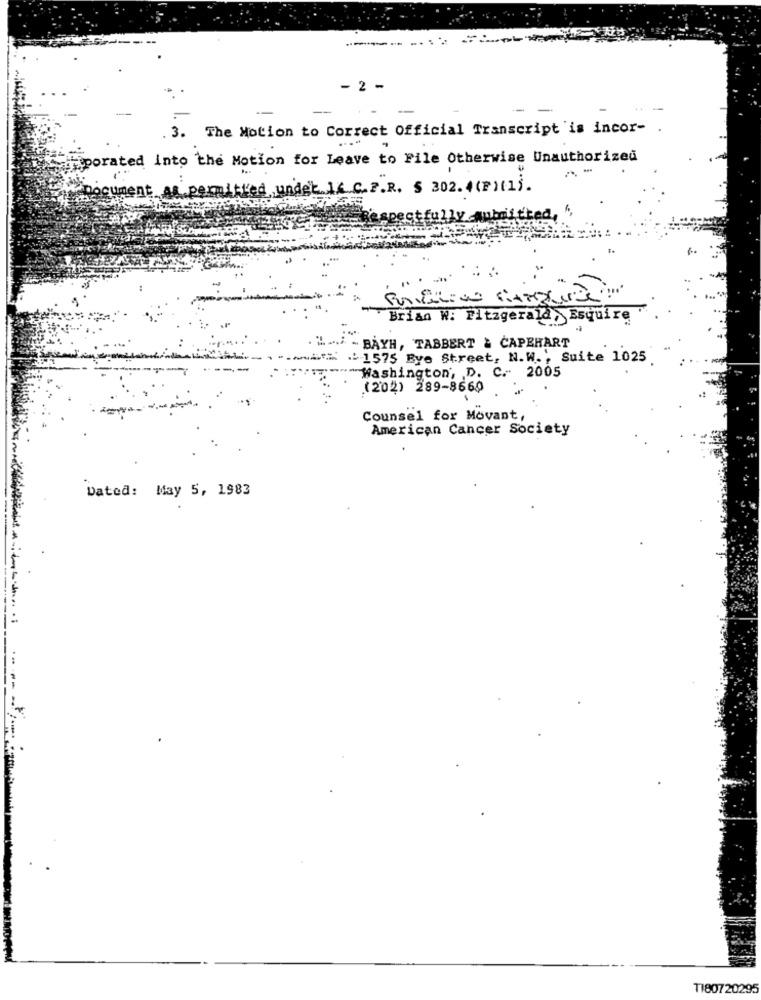
- 2 -
--
3. The Motion to Correct Official Transcript 'is incor- .
porated into the Motion for Leave to File Otherwise Unauthorized
C.P.R. $ 302. 4(P)(1).
Brian W. Fitzgerald, Esquire
- BAYH, TABBERT & CAPEHART
.: 1575 Bye Street, N.W ., Suite 1025
"Washington, D. C .- 2005
(202) 289-8660
Counsel for Movant,
American Cancer Society
Dated: May 5, 1983
T180720295